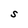
Character: S